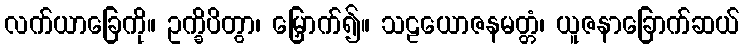
လက်ယာခြေကို။ ဥက္ခိပိတွာ၊ မြှောက်၍။ သဠယောဇနမတ္တံ၊ ယူဇနာခြောက်ဆယ်